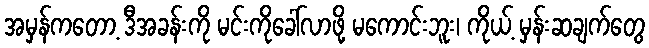
အမှန်ကတော့ ဒီအခန်းကို မင်းကိုခေါ်လာဖို့ မကောင်းဘူး၊ ကိုယ့် မှန်းဆချက်တွေ